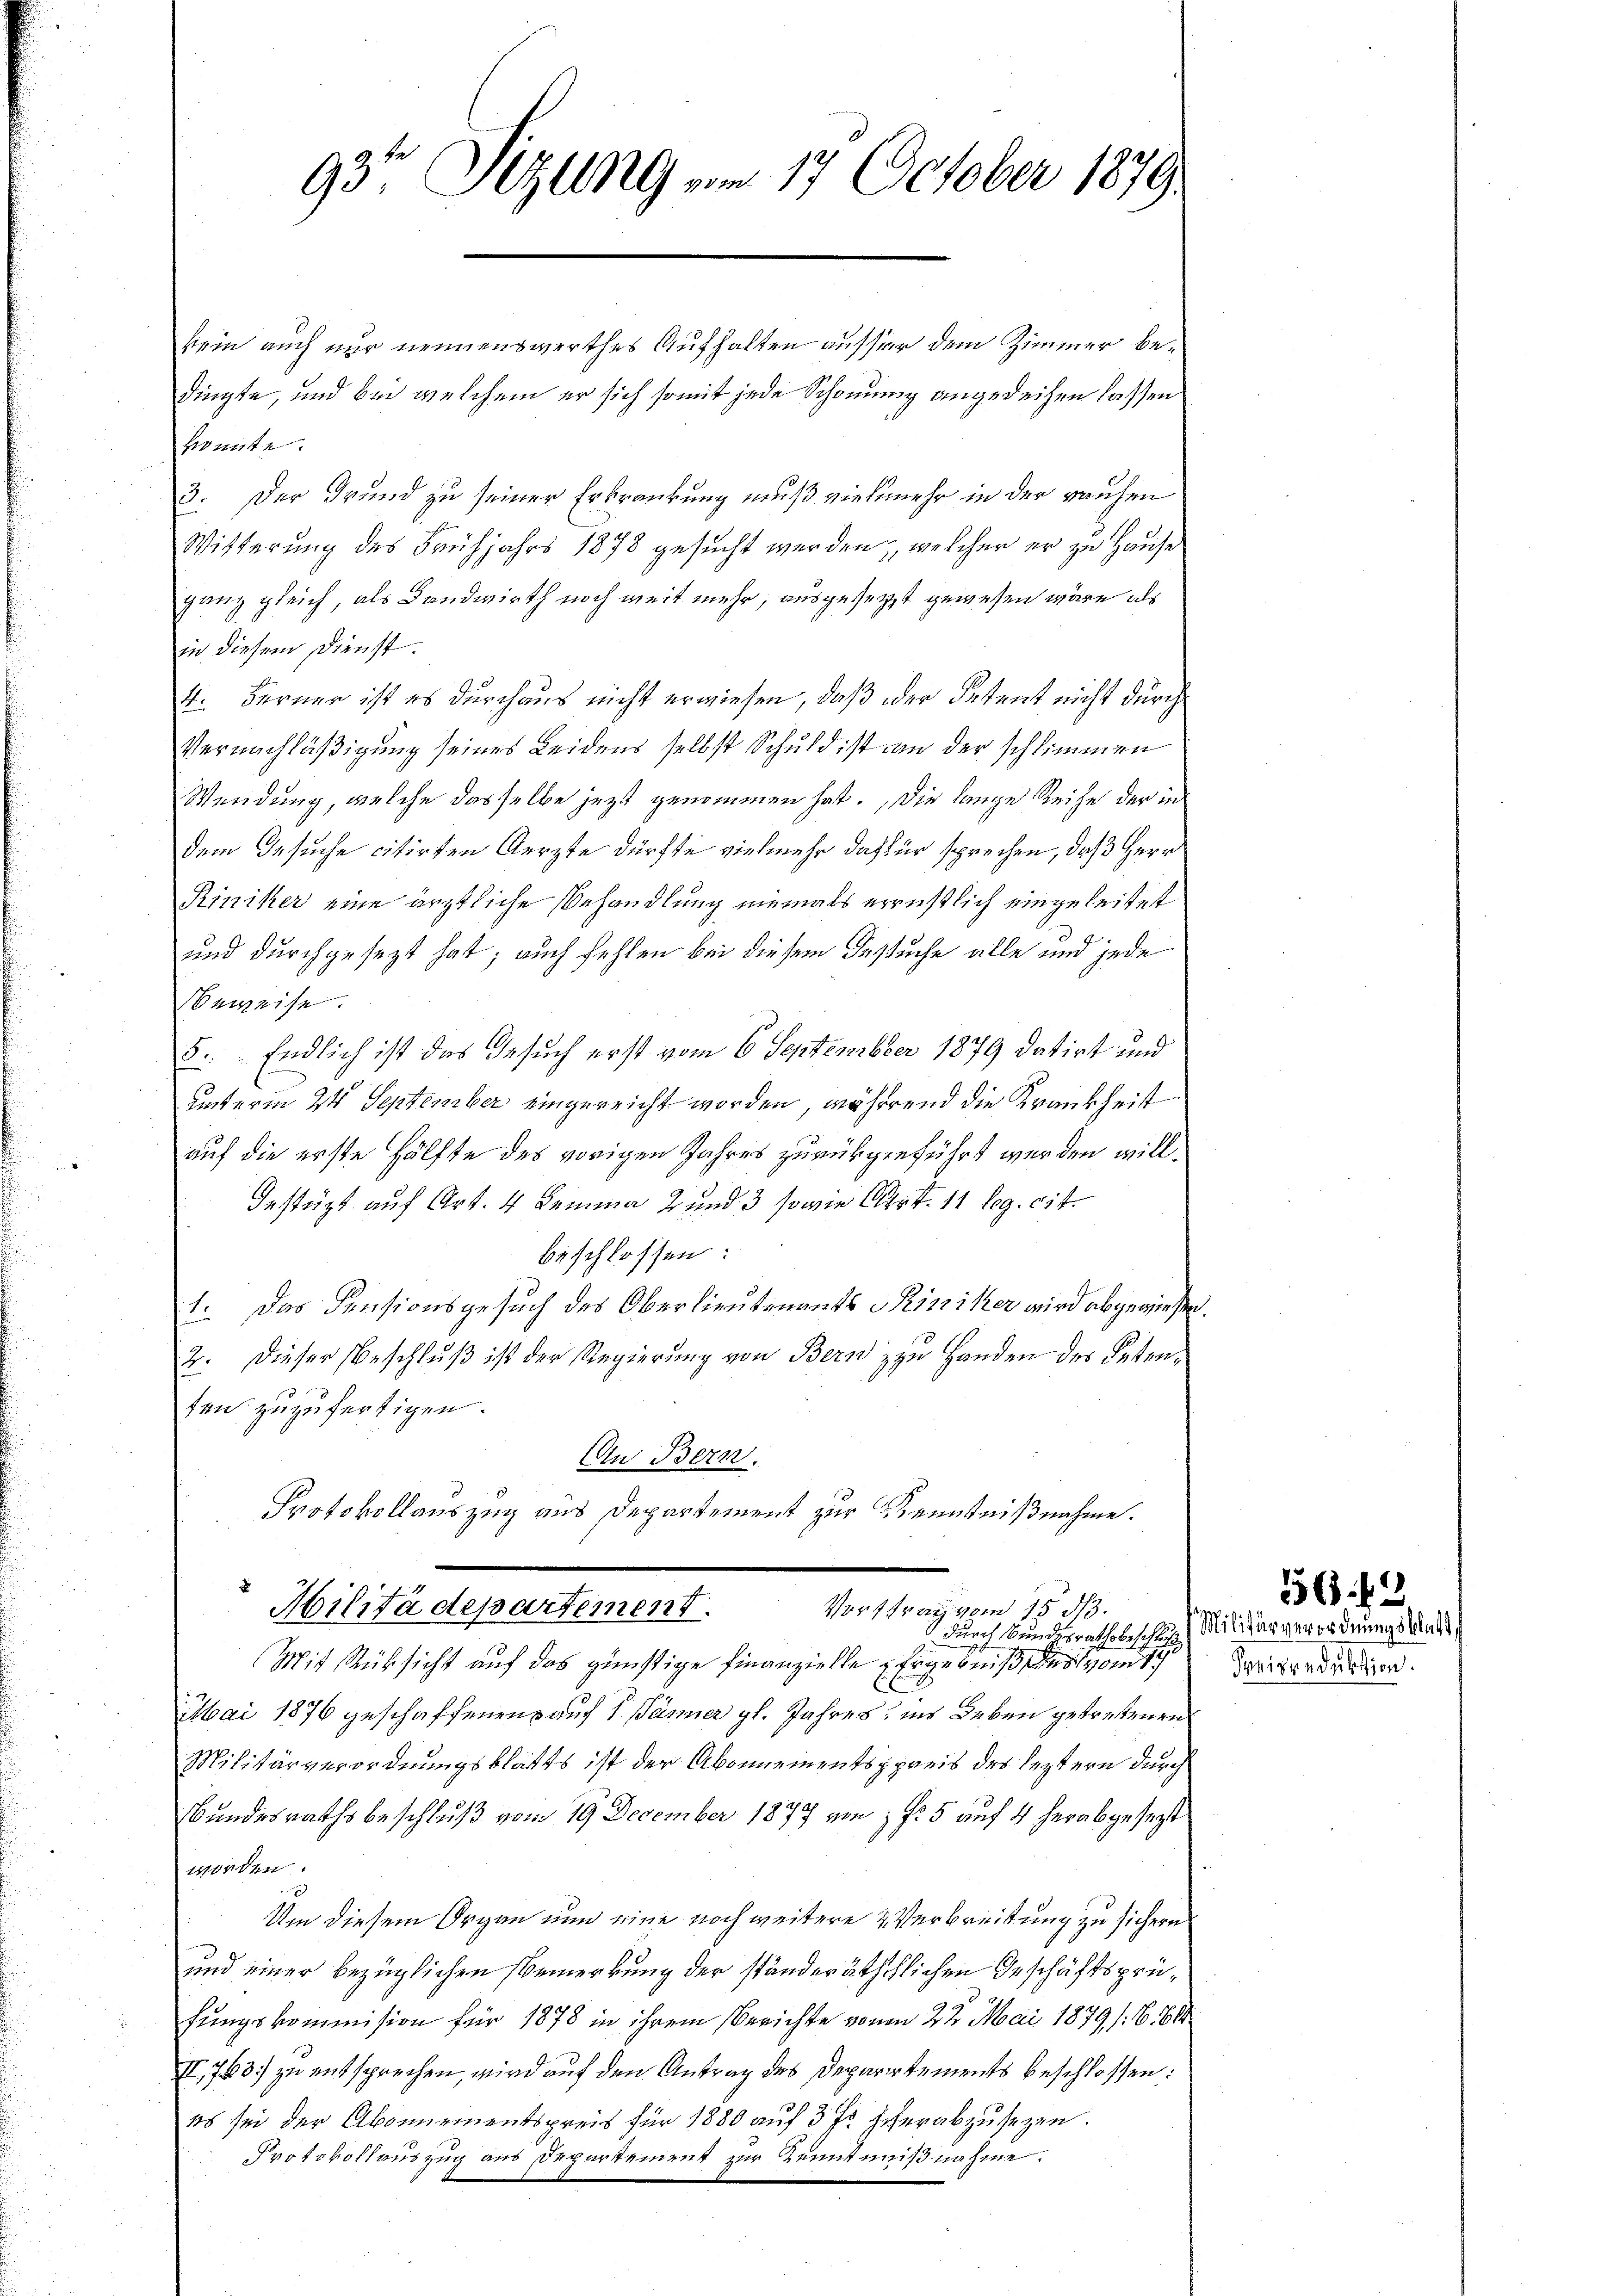
93te Sitzung am 17. October 1879.

kein auch nur nennenswerthes Aufhalten ausser dem Zimmer bedingte, und bei welchem er sich somit jede Schonung angedeihen lassen
kronnte.
3. Der Grund zu seiner Erkrankung muß vielmehr in der rauhen
Witterung des Frühjahrs 1878 gesucht werden, welcher er zu Hause
ganz gleich, als Landwirth noch weit mehr, ausgesetzt gewesen wäre, als
in diesem Dienst.
4. Ferner ist es durchaus nicht erwiesen, daß oder Petent nicht durch
Vernachläßigung seines Leidens selbst Schuld ist an der schlimmen
Wendung, welche dasselbe jezt genommen hat. Die lange Reihe der in
dem Gesuche citirten Aerzte dürfte vielmehr dafür sprechen, daß Herr
Riniker eine ärztliche Behandlung niemals ernstlich eingeleitet
und durchgesezt hat; auch fehlen bei diesem Bestuche alle und jede
Beweise.
8. Endlich ist das Gesuch erst vom 6. September 1879 datirt und
unterm 24 September eingereicht worden, während die Krankheit
auf die erste Hälfte des vorigen Jahres zurückgeführt werden will¬
Gestüzt auf Art. 4 Lemma 2 und 3 sowie Art. 11 leg. cit.
beschlossen:
1. Das Pensionsgesuch des Oberlieutenants Prinziker wird abgewiesen.
2. Dieser Beschluß ist der Regierung von Bern zu Handen des Petenten zuzufertigen.
An Bern.
Protokollauszug aus Departement zur Kenntnißnahme.
Militä departement.
Vortragen 1553.
e
durch Bundesrathsbeschluß
Mit Rücksicht auf das günstige Finanzielle Ergebniß des von 14
Mai 1876 geschaffenen auf 1 Jänner gl. Jahres, ins Leben getrettenen
Militärverordnungsblatts ist der Abonnementspreis des leztern durch
Bundesrathsbeschluß vom 19. December 1877 von f. 5 auf 4 herabgesezt
worden.
Um diesem Organ nun eine noch weitere 2 Verbreitung zu sichern
und einer bezüglichen Bemerkung der ständerätschlichen Geschäftsprüfungskommission für 1878 in ihrem Berichte vonen 22 Mai 1879 /:6, 614.
II,763] zu entsprechen, wird auf den Antrag des Deparirtements beschlossen:
es sei der Abonnementspreis für 1880 auf 3 Fr. herabzusezen.
Protokollauszug aus Departement zur Zentmeißnahme.

Preisenduktion.

5643
Militärverordnungsblatt